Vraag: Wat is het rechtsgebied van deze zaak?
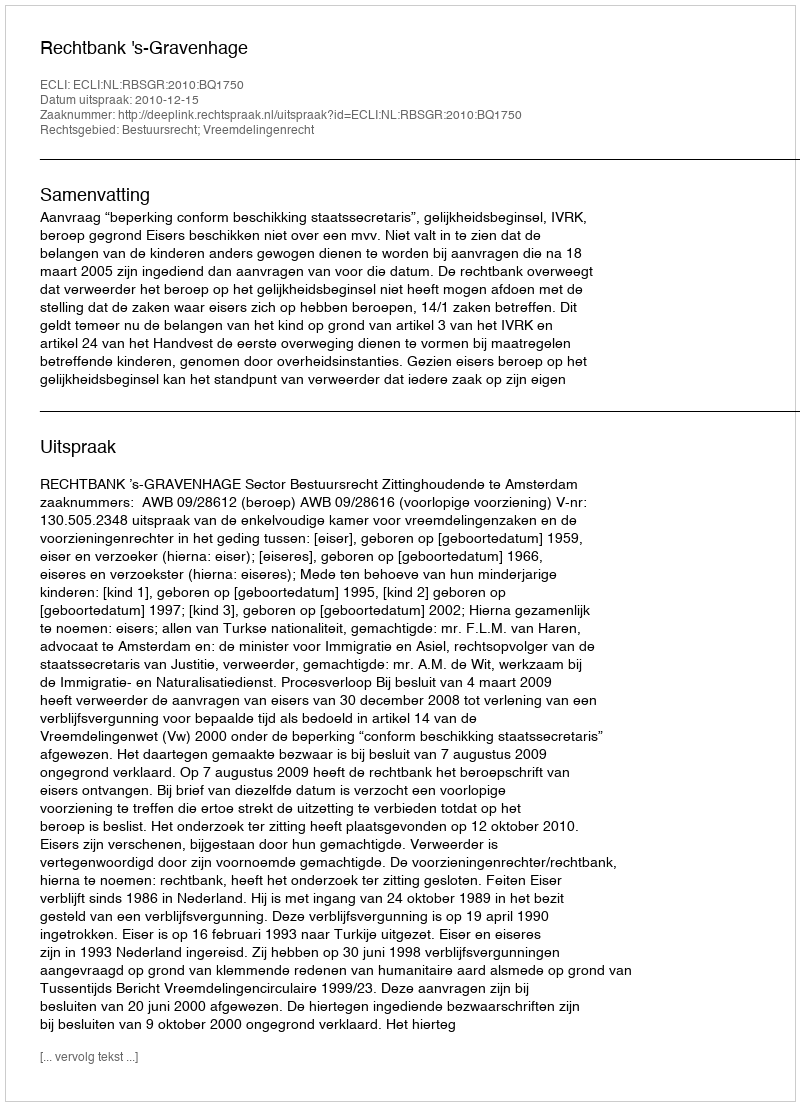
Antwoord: Bestuursrecht; Vreemdelingenrecht